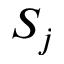
S _ { j }